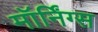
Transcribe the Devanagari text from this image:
मॉर्निंग्स